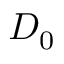
D _ { 0 }